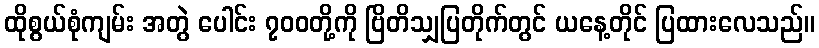
ထိုစွယ်စုံကျမ်း အတွဲ ပေါင်း ၇၀၀တို့ကို ဗြိတိသျှပြတိုက်တွင် ယနေ့တိုင် ပြထားလေသည်။